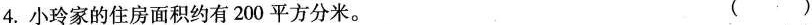
4.小玲家的住房面积约有200平方分米。 ( )